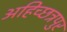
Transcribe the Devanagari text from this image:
अहिच्छत्रपुर